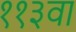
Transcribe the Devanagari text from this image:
११३वा